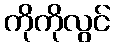
ကိုကိုလွင်